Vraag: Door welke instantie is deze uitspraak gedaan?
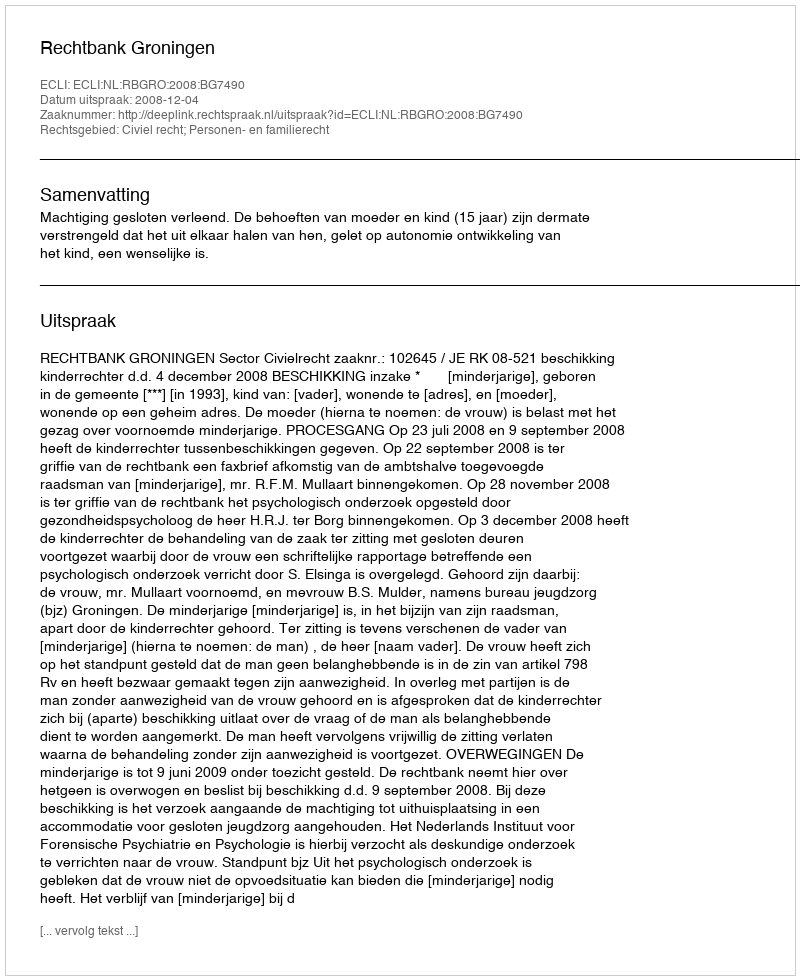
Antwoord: Rechtbank Groningen